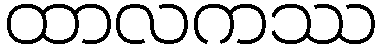
ထာလကဿ